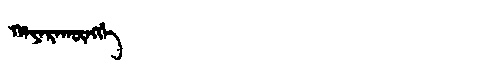
Manchu: ᡥᠠᠶᠠᡵᠠᡴᡡᠩᡤᡝ
Romanization: HAYARAKŪNGGE